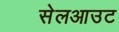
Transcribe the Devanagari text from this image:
सेलआउट